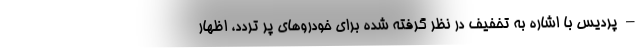
–پردیس با اشاره به تخفیف در نظر گرفته شده برای خودروهای پر تردد، اظهار